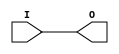
//`timescale 1 ps / 1 ps

`celldefine

module BUFG
`ifdef XIL_TIMING
#(
  parameter LOC = "UNPLACED"
)
`endif
(
  output O,

  input I
);
  
// define constants
  localparam MODULE_NAME = "BUFG";

`ifdef XIL_TIMING
  reg notifier;
`endif

// begin behavioral model

    buf B1 (O, I);

// end behavioral model

`ifndef XIL_XECLIB
`ifdef XIL_TIMING
  specify
    (I => O) = (0:0:0, 0:0:0);
    $period (negedge I, 0:0:0, notifier);
    $period (posedge I, 0:0:0, notifier);
    specparam PATHPULSE$ = 0;
  endspecify
`endif
`endif

endmodule

`endcelldefine